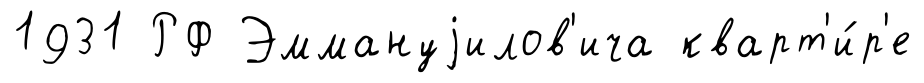
1931 РФ Эммануjилов'ича кварт'и́р'е